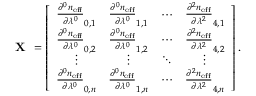
\textbf { X } = \left[ { \begin{array} { c c c c } { \frac { \partial ^ { 0 } n _ { \mathrm { e f f } } } { \partial \lambda ^ { 0 } } _ { 0 , 1 } } & { \frac { \partial ^ { 0 } n _ { \mathrm { e f f } } } { \partial \lambda ^ { 0 } } _ { 1 , 1 } } & { \cdots } & { \frac { \partial ^ { 2 } n _ { \mathrm { e f f } } } { \partial \lambda ^ { 2 } } _ { 4 , 1 } } \\ { \frac { \partial ^ { 0 } n _ { \mathrm { e f f } } } { \partial \lambda ^ { 0 } } _ { 0 , 2 } } & { \frac { \partial ^ { 0 } n _ { \mathrm { e f f } } } { \partial \lambda ^ { 0 } } _ { 1 , 2 } } & { \cdots } & { \frac { \partial ^ { 2 } n _ { \mathrm { e f f } } } { \partial \lambda ^ { 2 } } _ { 4 , 2 } } \\ { \vdots } & { \vdots } & { \ddots } & { \vdots } \\ { \frac { \partial ^ { 0 } n _ { \mathrm { e f f } } } { \partial \lambda ^ { 0 } } _ { 0 , n } } & { \frac { \partial ^ { 0 } n _ { \mathrm { e f f } } } { \partial \lambda ^ { 0 } } _ { 1 , n } } & { \cdots } & { \frac { \partial ^ { 2 } n _ { \mathrm { e f f } } } { \partial \lambda ^ { 2 } } _ { 4 , n } } \end{array} } \right] .